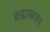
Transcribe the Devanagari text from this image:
ब्रह्मस्वरुप